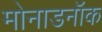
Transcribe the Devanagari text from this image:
मोनाडनॉक